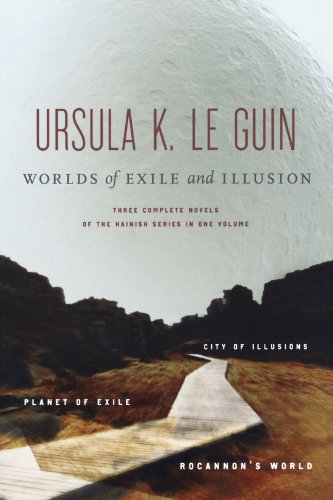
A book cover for Worlds of Exile and Illusion: Three Complete Novels of the Hainish Series in One Volume--Rocannon's World; Planet of Exile; City of Illusions; Ursula K. Le Guin; Science Fiction & Fantasy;